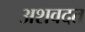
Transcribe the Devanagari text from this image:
अशवदत